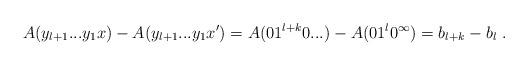
LaTeX: \begin{align*}A(y_{l+1}...y_1x) - A(y_{l+1}...y_1x') = A(01^{l+k}0...) - A(01^l0^\infty) = b_{l+k} - b_l \ .\end{align*}